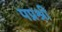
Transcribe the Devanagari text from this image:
पप्रश्री